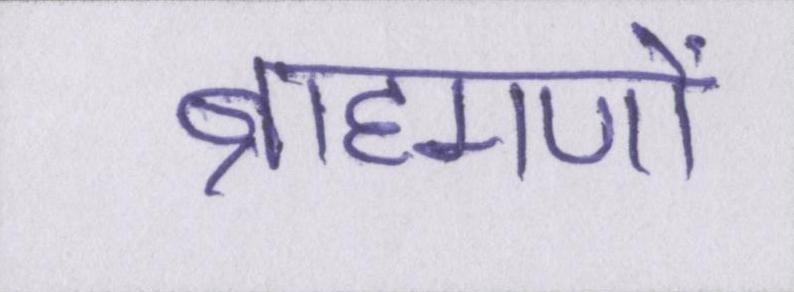
ब्राह्मणों